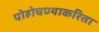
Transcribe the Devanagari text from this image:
पोहोचण्याकरिता